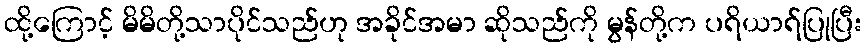
ထို့ကြောင့် မိမိတို့သာပိုင်သည်ဟု အခိုင်အမာ ဆိုသည်ကို မွန်တို့က ပရိယာရ်ပြုပြီး